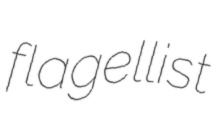
flagellist